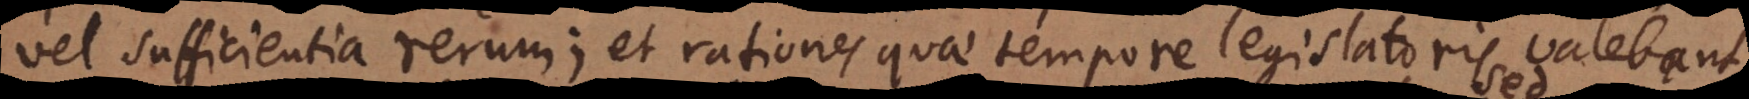
vel sufficientia rerum; et rationes quae tempore legislatoris valebant